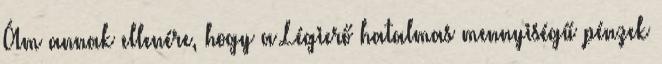
Ám annak ellenére, hogy a Légierő hatalmas mennyiségű pénzek